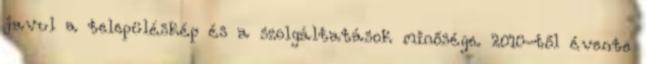
javul a településkép és a szolgáltatások minősége. 2010-től évente